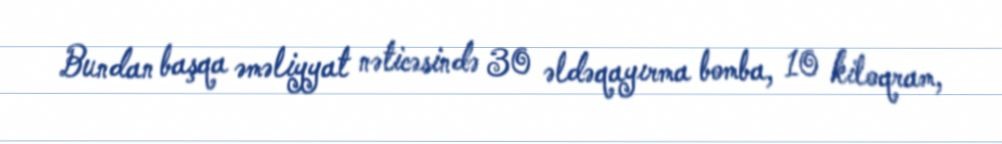
Bundan başqa əməliyyat nəticəsində 30 əldəqayırma bomba, 10 kiloqram,